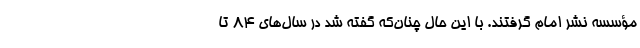
مؤسسه نشر امام گرفتند. با این حال چنان‌که گفته شد در سال‌های 84 تا